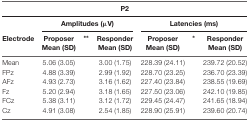
|  | <COLSPAN=6> P2 |
 |  | <COLSPAN=3> Amplitudes (μV) | <COLSPAN=3> Latencies (ms) |
 | Electrode | Proposer | ** | Responder | Proposer | * | Responder |
 |  | Mean (SD) |  | Mean (SD) | Mean (SD) |  | Mean (SD) |
 | --- | --- | --- | --- | --- | --- | --- |
 | Mean | 5.06 (3.05) |  | 3.00 (1.75) | 228.39 (24.11) |  | 239.72 (20.52) |
 | FPz | 4.88 (3.39) |  | 2.99 (1.92) | 228.70 (23.25) |  | 236.70 (23.39) |
 | AFz | 4.93 (2.73) |  | 3.16 (1.62) | 227.40 (23.84) |  | 238.55 (19.69) |
 | Fz | 5.20 (2.94) |  | 3.18 (1.65) | 227.50 (23.06) |  | 242.10 (19.85) |
 | FCz | 5.38 (3.11) |  | 3.12 (1.72) | 229.45 (24.47) |  | 241.65 (18.94) |
 | Cz | 4.91 (3.08) |  | 2.54 (1.85) | 228.90 (25.91) |  | 239.60 (20.74) |